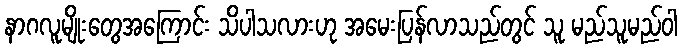
နာဂလူမျိုးတွေအကြောင်း သိပါသလားဟု အမေးပြန်လာသည်တွင် သူ မည်သူမည်ဝါ